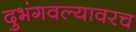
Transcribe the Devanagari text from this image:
दुभंगवल्यावरच